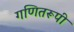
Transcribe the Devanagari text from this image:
गणितरूपी